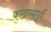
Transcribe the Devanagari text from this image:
काढण्यापूर्वी